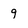
Character: 9